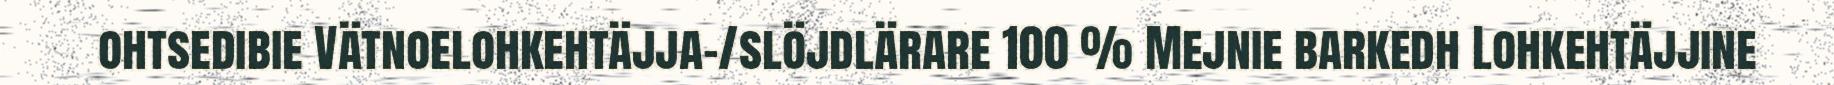
ohtsedibie Vätnoelohkehtäjja-/slöjdlärare 100 % Mejnie barkedh Lohkehtäjjine